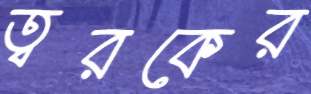
ত্বরকের